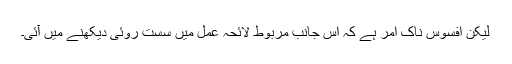
لیکن افسوس ناک اَمر ہے کہ اس جانب مربوط لائحہ عمل میں سست روئی دیکھنے میں آئی۔